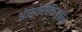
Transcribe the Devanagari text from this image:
ओस्तेरीचिस्चार